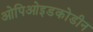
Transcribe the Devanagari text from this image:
ओपिओइडकोडीन